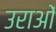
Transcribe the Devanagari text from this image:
उराओं